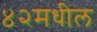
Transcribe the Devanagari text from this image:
४२मधील